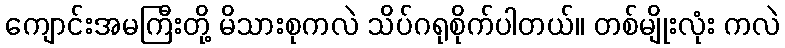
ကျောင်းအမကြီးတို့ မိသားစုကလဲ သိပ်ဂရုစိုက်ပါတယ်။ တစ်မျိုးလုံး ကလဲ